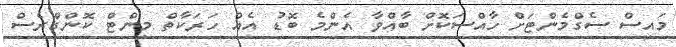
މައިސް ސެގްމެންޓަށް ހާއްސަކޮށް ބާއްވާ އެންމެ ބޮޑު އެއް ހަރަކާތް މިންޓް ކޮންގްރެސް